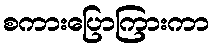
စကားပြောကြားကာ